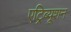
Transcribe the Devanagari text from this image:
एट्रिब्यूशन